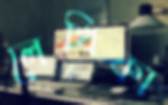
লেখিকা